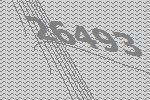
26493